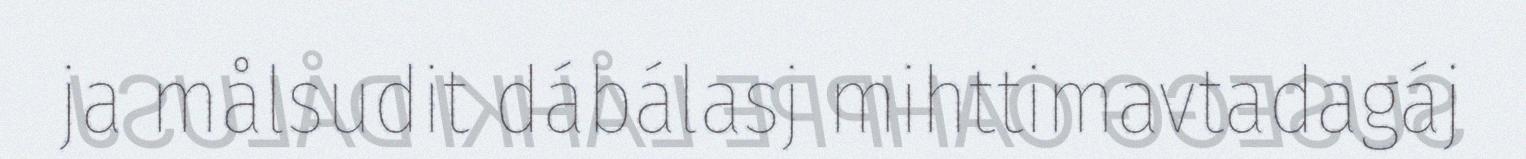
ja målsudit dábálasj mihttimavtadagáj